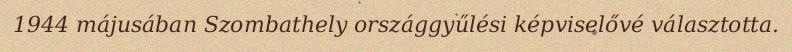
1944 májusában Szombathely országgyűlési képviselővé választotta.